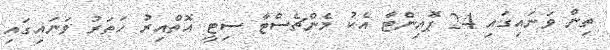
ތިން ވަނައިގައި 24 ޕޮއިންޓާ އެކު މެންޗެސްޓާ ސިޓީ އޮތްއިރު ހަތަރު ވަނައިގައި